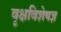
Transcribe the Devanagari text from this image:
वृक्षविशेषज्ञ